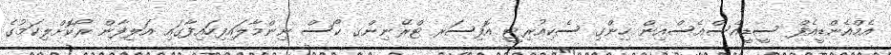
އެމްއެންޑީއެފް ސީޑީއެސްއެސްއިން ހިންގި ސެކިއުރިޓީ އޮފިސަރ ޓްރޭނިންގ ކޯސް ނިންމާލައިފިހައިފާގައި އަލިފާން ރޯކޮށްލިކަމުގެ